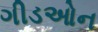
ગીડઓન